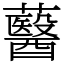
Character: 鿀